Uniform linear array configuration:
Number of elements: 48
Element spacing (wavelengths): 0.5
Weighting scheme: kaiser
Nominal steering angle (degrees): -60
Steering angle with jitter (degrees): -59.569
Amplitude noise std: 0.05
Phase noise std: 0.05

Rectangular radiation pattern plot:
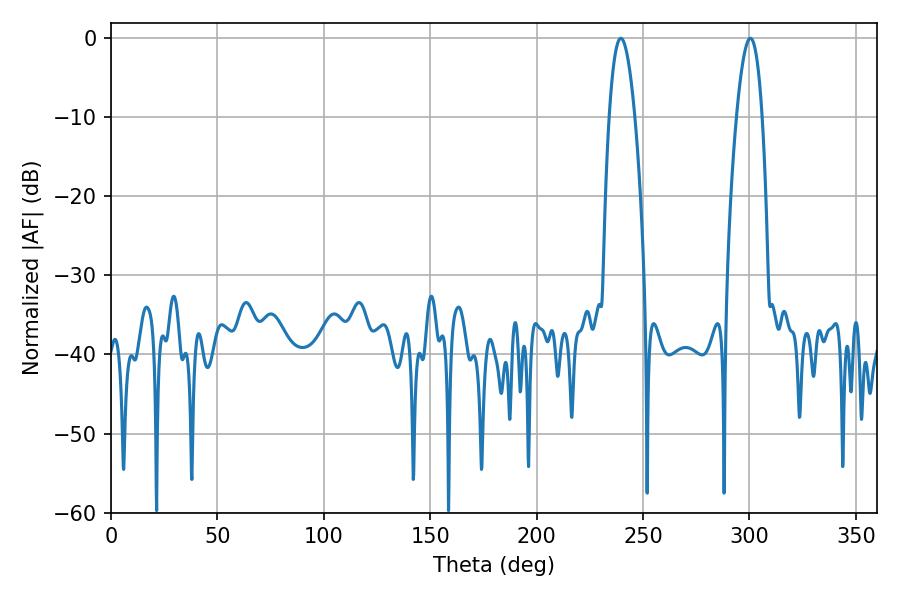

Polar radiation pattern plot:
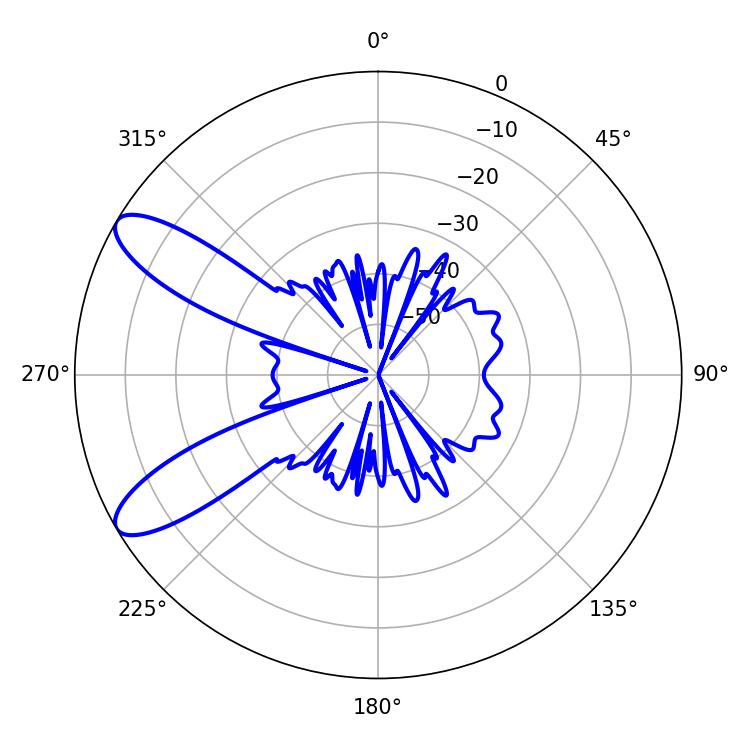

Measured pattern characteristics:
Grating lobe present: FALSE
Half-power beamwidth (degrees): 6.66
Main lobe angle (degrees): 239.58